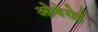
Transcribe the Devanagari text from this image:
ओबेरोई